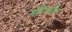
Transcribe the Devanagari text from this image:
थी।और